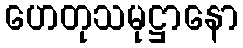
ဟေတုသမုဋ္ဌာနော